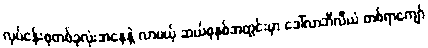
လုပ်ငန်းစုတစ်ခုလုံးအနေနဲ့ လာမယ့် ဆယ်စုနှစ်အတွင်းမှာ ဒေါ်လာဘီလီယံ တစ်ရာကျော်